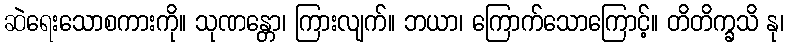
ဆဲရေးသောစကားကို။ သုဏန္တော၊ ကြားလျက်။ ဘယာ၊ ကြောက်သောကြောင့်။ တိတိက္ခသိ နု၊